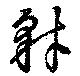
豺